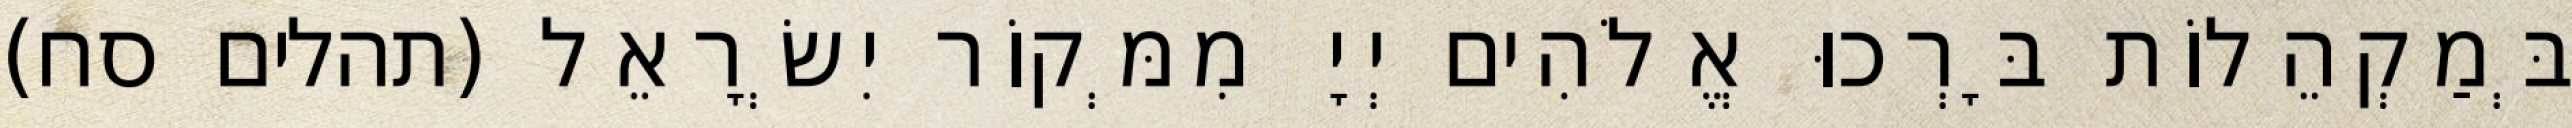
בְּמַקְהֵלוֹת בָּרְכוּ אֱלֹהִים יְיָ מִמְּקוֹר יִשְׂרָאֵל (תהלים סח)